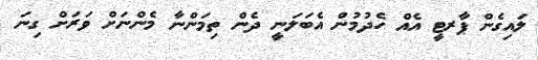
ލައިގެން ޕާރޓީ އެއް ހެދުމުން އެބަލަނީ ދެން ތިމަންނާ މެންނަށް ވަރަށް ގިނަ